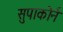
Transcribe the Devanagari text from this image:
सुपाकोर्न